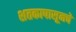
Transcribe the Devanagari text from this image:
शतकापासूनचे